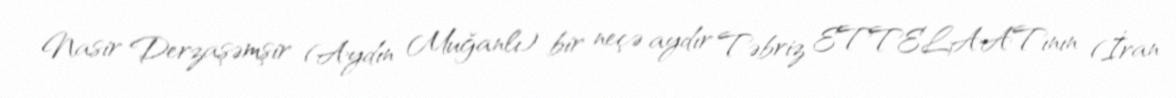
Nasir Derzaşəmşir (Aydın Muğanlı) bir neçə aydır Təbriz ETTELAATının (İran